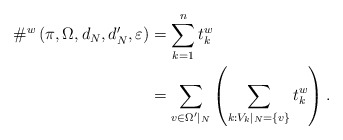
\begin{align*} \#^w\left(\pi, \Omega, d_N,d^\prime_N, \varepsilon\right) &= \sum_{k=1}^n t_k^w \\ & = \sum_{v\in \Omega^\prime|_N}\left(\sum_{k: V_k|_N = \{v\}} t_k^w\right). \end{align*}